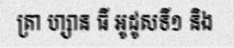
ត្រា ហ្សាន ធី អូដូសទី១ និង